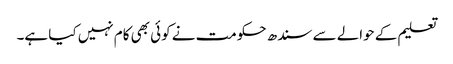
تعلیم کے حوالے سے سندھ حکومت نے کوئی بھی کام نہیں کیا ہے۔